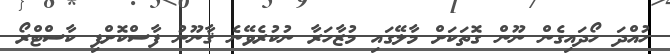
ހުއްދަ ހޯދައިގެން ނޫން ގޮތަކަށް މާލޭގައި މުޒާހަރާ ނުކުރެވޭނެ ޤާނޫނު ފާސްކޮށްފި ކާސްޓްރޯ